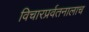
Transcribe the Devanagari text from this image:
विचारप्रर्वतनालाच